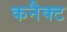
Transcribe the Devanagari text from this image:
कनैक्ट